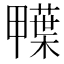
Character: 𮒅